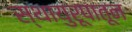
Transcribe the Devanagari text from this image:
स्थायुरूपातून